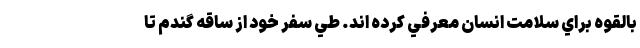
بالقوه براي سلامت انسان معرفي كرده اند. طي سفر خود از ساقه گندم تا